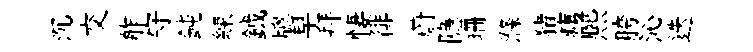
沉交舴守鈍練鉞牕早拜悽徘蔚隐珊滌猪痍熈胯沁迭